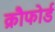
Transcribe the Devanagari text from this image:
क्रौफोर्ड